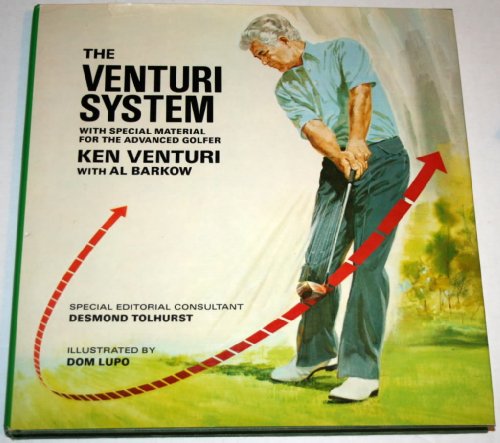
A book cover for The Venturi System: With Special Material on Shotmaking for the Advanced Golfer (Venturi System CL); Ken Venturi; Sports & Outdoors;